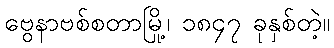
ဗွေနာဗစ်စတာမြို့၊ ၁၈၄၇ ခုနှစ်တဲ့။